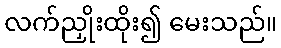
လက်ညှိုးထိုး၍ မေးသည်။